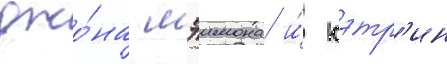
джо́на мэимона и́ кэтр'ин